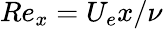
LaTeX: Re_{x}=U_{e}x/\nu